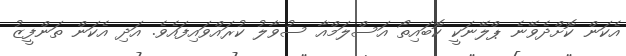
އެކަން ކޮށްދެވޭނެ ޕްލޭނަކީ ކޮބައިތޯ އަސްލަމްއާ ސުވާލު ކުރައްވައިފައެވެ. އަދި އެކަން ތަންފީޒު